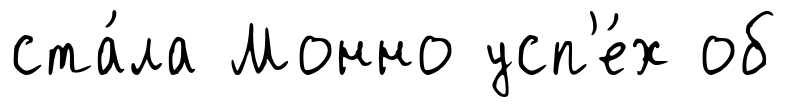
ста́ла Монно усп'е́х об